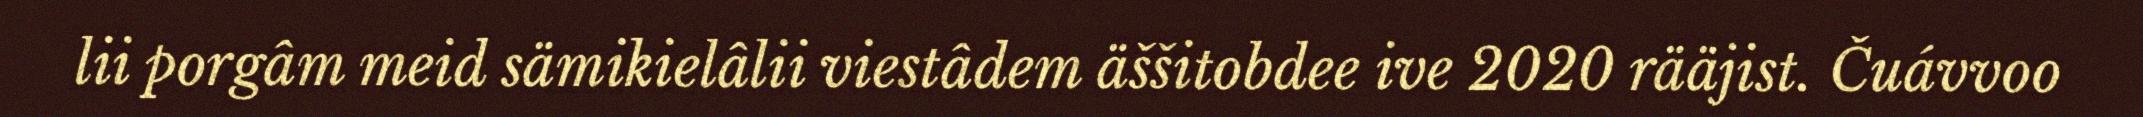
lii porgâm meid sämikielâlii viestâdem äššitobdee ive 2020 rääjist. Čuávvoo